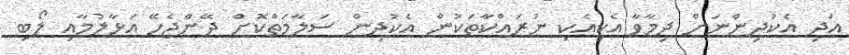
އަދި އެކުދިންނަށް ދިމާވާ އެކިއެކި ނުރައްކާތަކުން އެކުދިން ސަލާމަތްކޮށް ދޭންޖެހޭ އަޅާލުމާއި ލޯބި